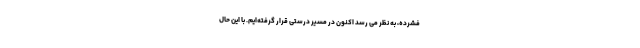
فشرده، به نظر می رسد اکنون در مسیر درستی قرار گرفته‌ایم. با این حال